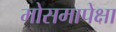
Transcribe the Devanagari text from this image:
मोसमापेक्षा